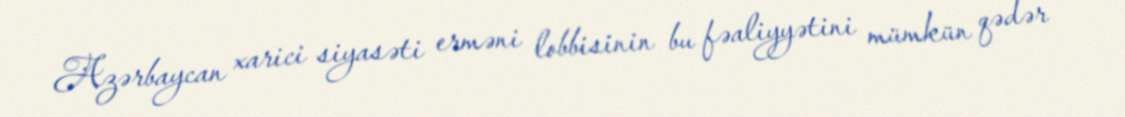
Azərbaycan xarici siyasəti erməni lobbisinin bu fəaliyyətini mümkün qədər